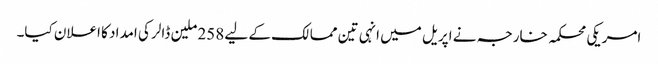
امریکی محکمہ خارجہ نے اپریل میں انہی تین ممالک کے لیے 258 ملین ڈالر کی امداد کا اعلان کیا۔